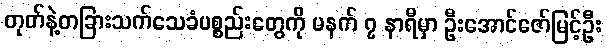
တုတ်နဲ့တခြားသက်သေခံပစ္စည်းတွေကို မနက် ၇ နာရီမှာ ဦးအောင်ဇော်မြင့်ဦး